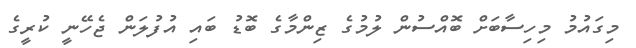
މިގައުމު މިހިސާބަށް ބޮއްސުން ލުމުގެ ޒިންމާގެ ބޮޑު ބައި އުފުލަން ޖެހޭނީ ކުރީގެ